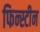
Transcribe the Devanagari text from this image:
फिन्स्टीन